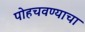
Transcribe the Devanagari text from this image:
पोहचवण्याचा